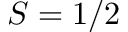
S = 1 / 2